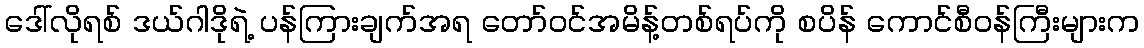
ဒေါ်လိုရစ် ဒယ်ဂါဒိုရဲ့ ပန်ကြားချက်အရ တော်ဝင်အမိန့်တစ်ရပ်ကို စပိန် ကောင်စီဝန်ကြီးများက